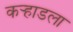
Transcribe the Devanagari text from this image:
कर्‍हाडला